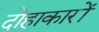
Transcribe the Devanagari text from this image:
दोहाकारों